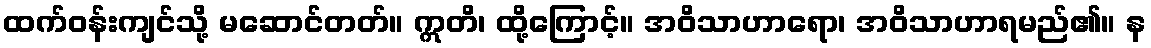
ထက်ဝန်းကျင်သို့ မဆောင်တတ်။ ဣတိ၊ ထို့ကြောင့်။ အဝိသာဟာရော၊ အဝိသာဟာရမည်၏။ န